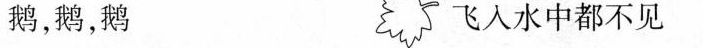
鹅鹅鹅 飞入水中都不见